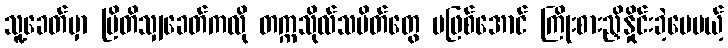
သူ့ခေတ်မှာ ဗြိတိသျှခေတ်ကလို တက္ကသိုလ်သပိတ်တွေ မဖြစ်အောင် ကြိုးစားညှိနှိုင်းခဲ့ပေမယ့်